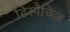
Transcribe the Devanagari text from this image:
डिस्पैचिज़